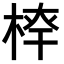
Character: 𣔏